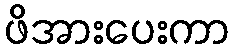
ဖိအားပေးကာ